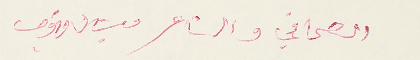
الصحافي والشاعر ميشال قهوجى